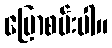
ပြောစမ်းပါ။